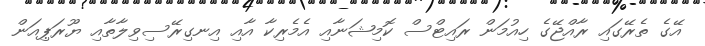
އޭގެ ތެރޭގައި ރާއްޖޭގެ ހިއުމަން ރައިޓްސް ކޮމިޝަނާއި އެމެރިކާ އާއި އިނގިރޭސިވިލާތާއި ޔޫރަޕިއަން